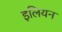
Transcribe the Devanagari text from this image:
इलियन